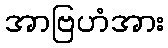
အာဗြဟံအား